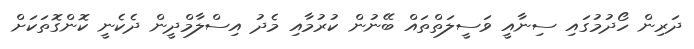
ދަރިން ހޯދުމުގައި ސިނާއީ ވަސީލަތްތައް ބޭނުން ކުރުމާއި މެދު އިސްލާމްދީން ދެކެނީ ކޮންގޮތަކަށް